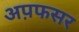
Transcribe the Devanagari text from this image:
अप़फसर